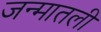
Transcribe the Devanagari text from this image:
जन्मातली